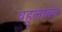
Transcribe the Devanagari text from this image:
वहुलाबन